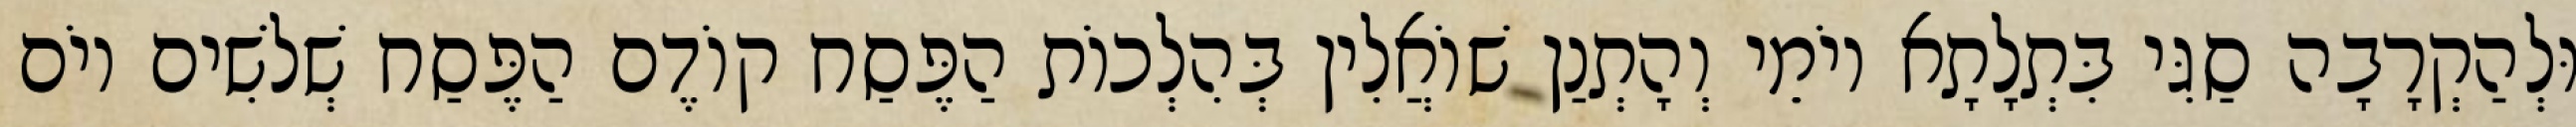
וּלְהַקְרָבָה סַגִּי בִּתְלָתָא יוֹמֵי וְהָתְנַן שׁוֹאֲלִין בְּהִלְכוֹת הַפֶּסַח קוֹדֶם הַפֶּסַח שְׁלֹשִׁים יוֹם